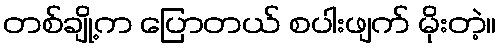
တစ်ချို့က ပြောတယ် စပါးဖျက် မိုးတဲ့။